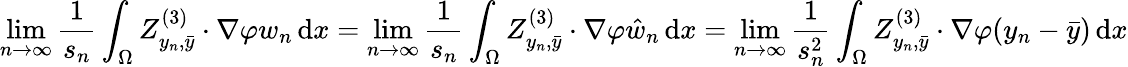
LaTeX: \operatorname*{lim}_{n\to\infty}\frac{1}{s_{n}}\int_{\Omega}Z_{y_{n},\bar{y}}^{(3)}\cdot\nabla\varphi w_{n}\, \mathrm{d}x=\operatorname*{lim}_{n\to\infty}\frac{1}{s_{n}}\int_{\Omega}Z_{y_{n},\bar{y}}^{(3)}\cdot\nabla\varphi\hat{w}_{n}\, \mathrm{d}x=\operatorname*{lim}_{n\to\infty}\frac{1}{s_{n}^{2}}\int_{\Omega}Z_{y_{n},\bar{y}}^{(3)}\cdot\nabla\varphi(y_{n}-\bar{y})\, \mathrm{d}x